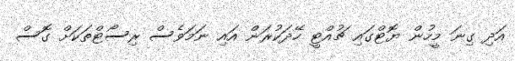
އަދި ގިނަ މީހުން ޔޮޓްގައި ޗުއްޓީ ހޭދަކުރަން އައި ނަމަވެސް ރިސޯޓްތަކަށް ގޮސް